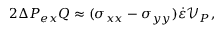
2 \Delta P _ { e x } Q \approx ( \sigma _ { x x } - \sigma _ { y y } ) \dot { \varepsilon } \mathcal { V } _ { P } ,